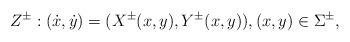
LaTeX: \begin{align*}Z^{\pm}:(\dot{x},\dot{y})=(X^{\pm}(x,y),Y^{\pm}(x,y)), (x,y)\in \Sigma^{\pm},\end{align*}